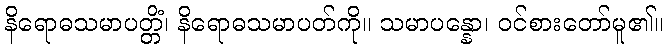
နိရောဓသမာပတ္တိံ၊ နိရောဓသမာပတ်ကို။ သမာပန္နော၊ ဝင်စားတော်မူ၏။